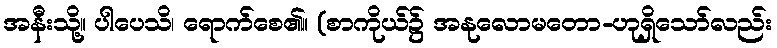
အနီးသို့။ ပါပေသိ၊ ရောက်စေ၏။ (စာကိုယ်၌ အနုလောမတော-ဟုရှိသော်လည်း